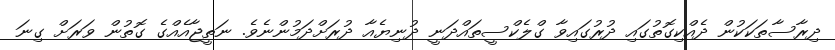
ދިރާސާތަކަކުން ދެއްކިގޮތުގައި ދުރުގައިވާ ގްލެކްސީތައްދަނީ ދުނިޔެއާ ދުރަށްދަމުންނެވެ. ނަތީޖާއެއްގެ ގޮތުން ވަރަށް ގިނަ